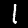
Digit: 1